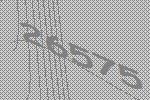
26575